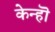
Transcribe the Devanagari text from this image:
केन्हॊ